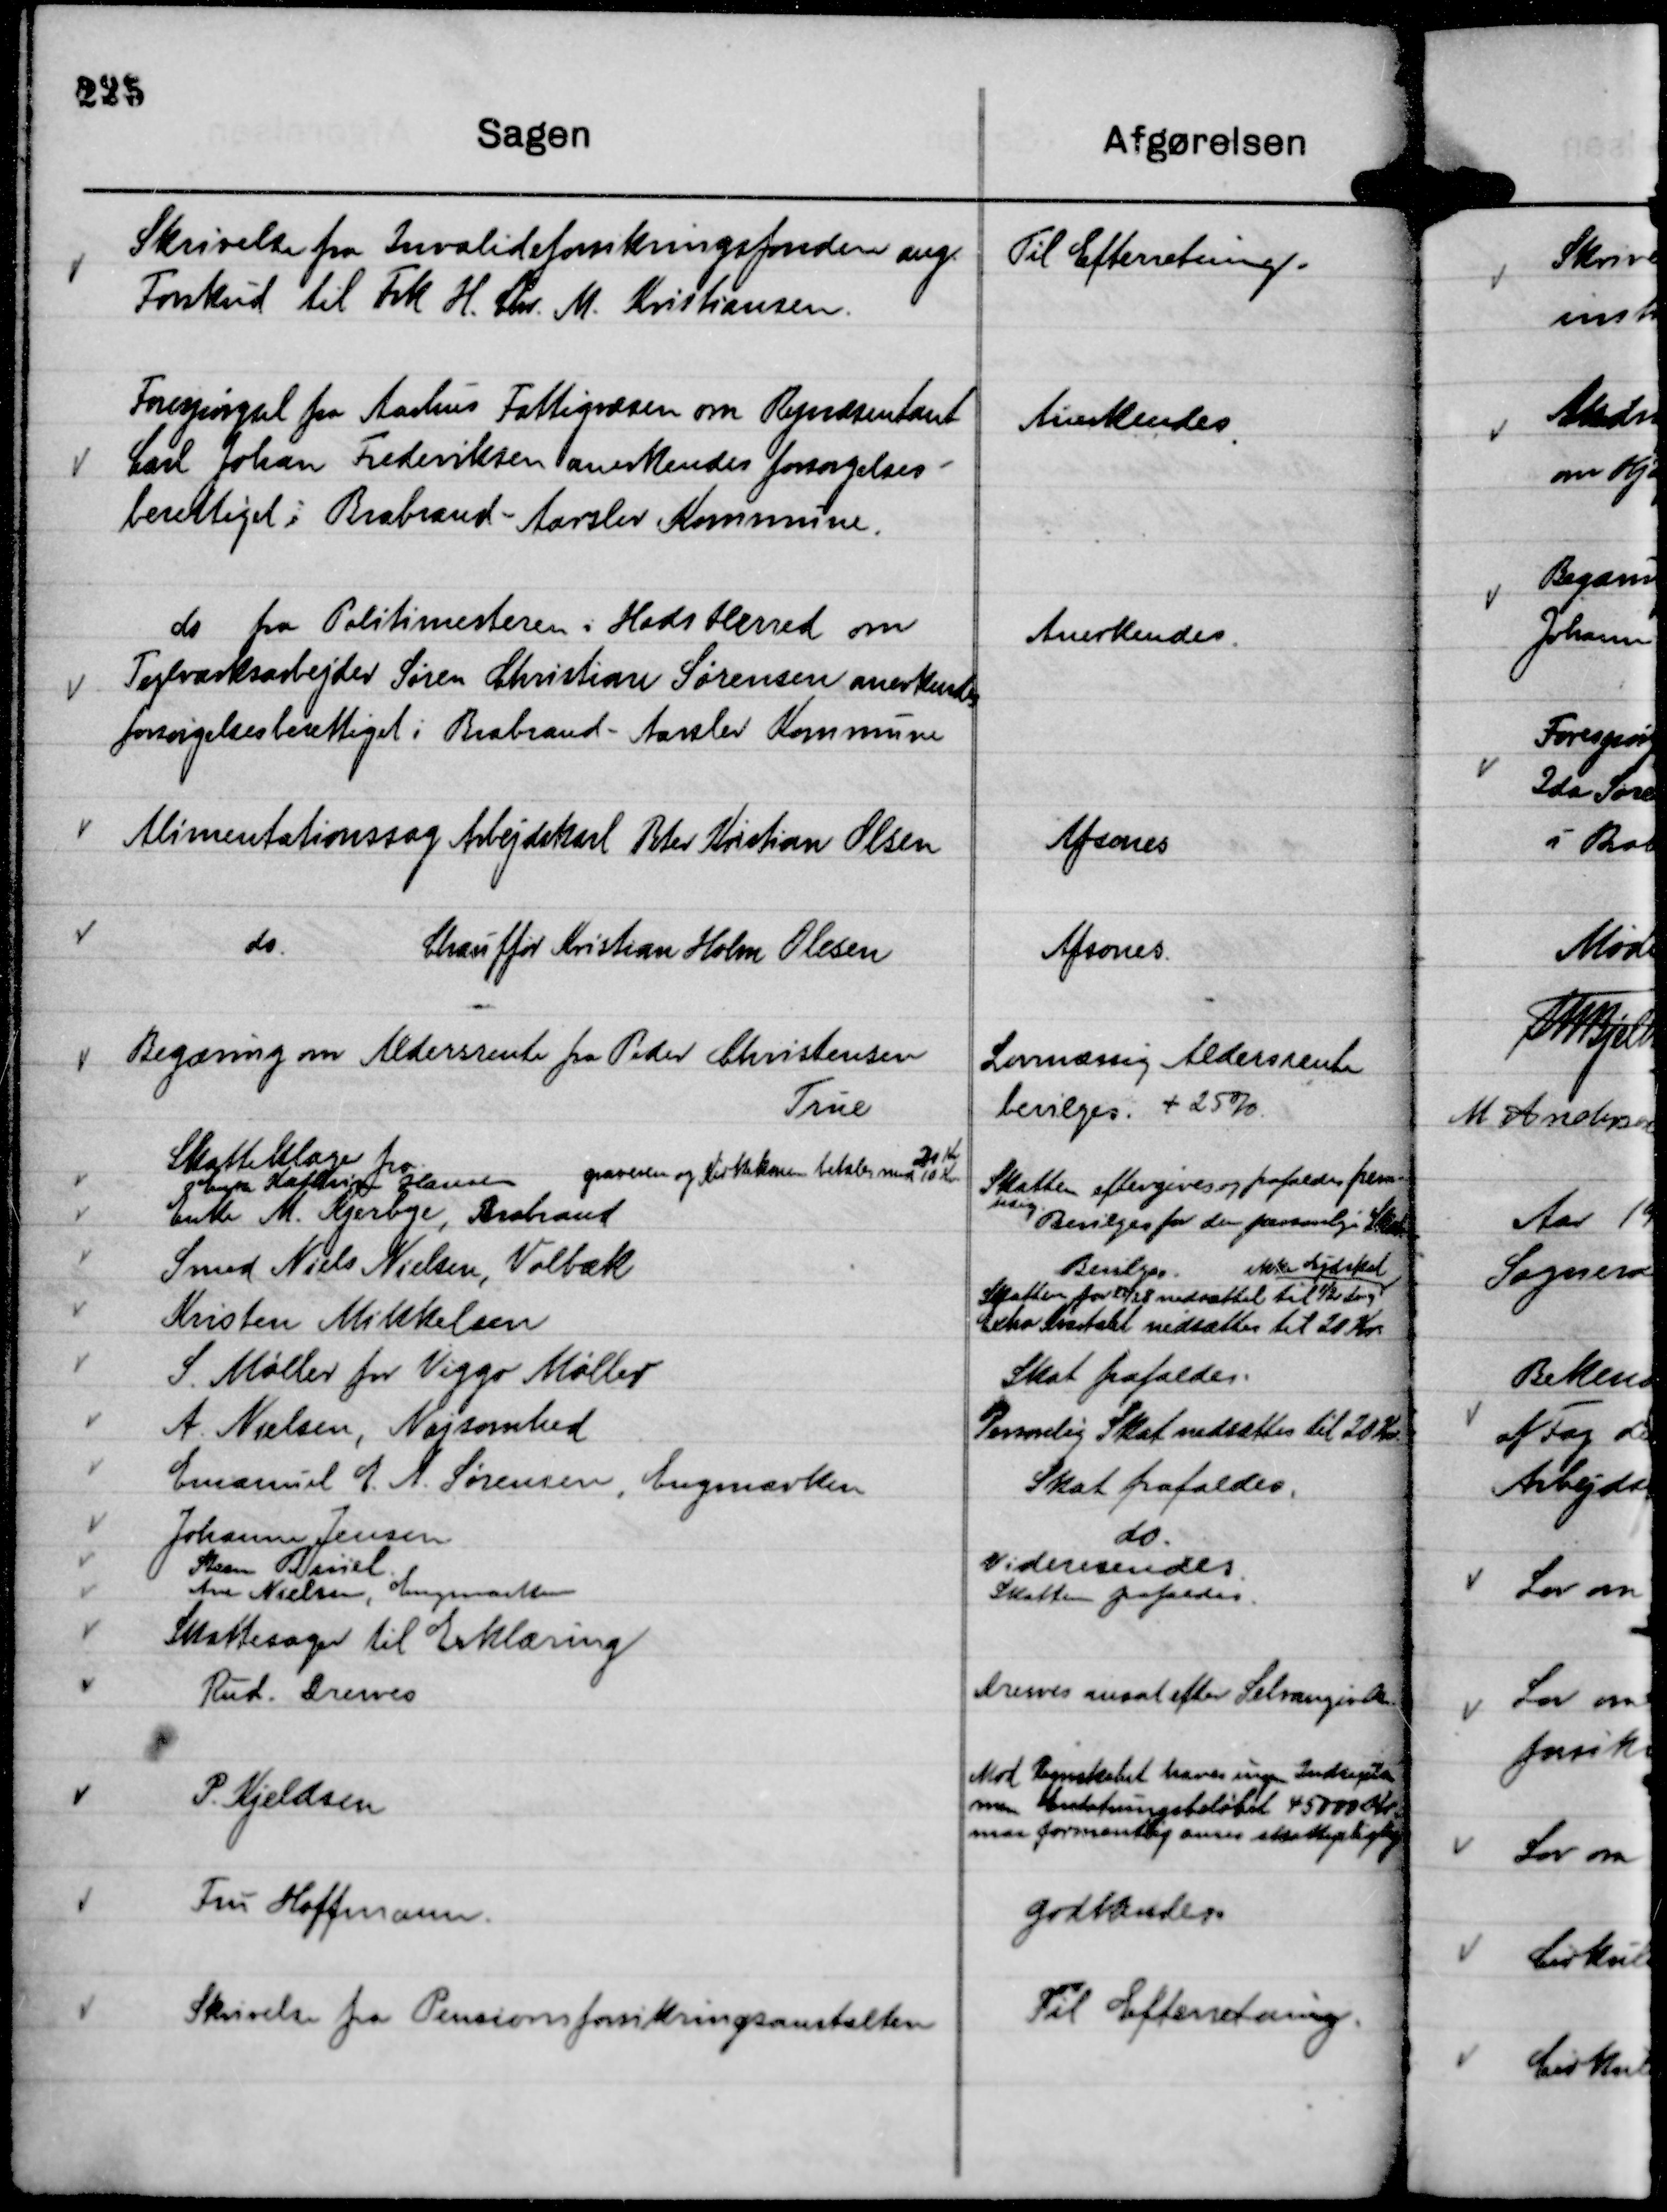
Transskription:
Skrivelse fra Invalideforsikringsfonden ang.
Forskud til Frk H. Chr. M. Kristiansen.

Til Efterretning.

Forespørgsel fra Aarhus Fattigvæsen om Repræsentant
Carl Johan Frederiksen anerkendes forsørgelses-
berettiget i Brabrand - Aarslev Kommune.

Anerkendes

do fra Politimesteren i Hads Herred om
Teglværksarbejder Søren Christian Sørensen anerkendes
foresørgelsesberettiget i Brabrand - Aarslev Kommune

Anerkendes

Alimentationssag Arbejdskarl Peter Kristian Olsen

Afsones

do.
Chauffør Kristian Holm Olesen

Afsones.

Begæring om Aldersrente fra Peter Christensen
True

Lovmæssig Aldersrente
bevilges. + 25 %.

Skrivelse fra Pensionsforsikringsanstalten

Til Efterretning.